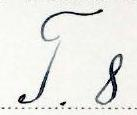
T. 8